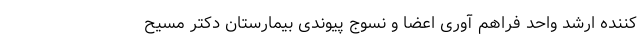
کننده ارشد واحد فراهم آوری اعضا و نسوج پیوندی بیمارستان دکتر مسیح